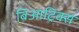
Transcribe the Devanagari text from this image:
बिआट्रिक्स